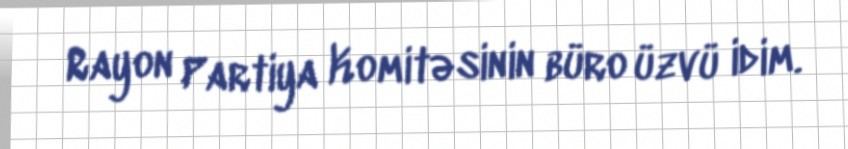
Rayon Partiya Komitəsinin büro üzvü idim.